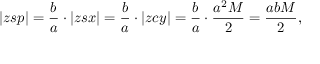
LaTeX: | z s p | = { \frac { b } { a } } \cdot | z s x | = { \frac { b } { a } } \cdot | z c y | = { \frac { b } { a } } \cdot { \frac { a ^ { 2 } M } { 2 } } = { \frac { a b M } { 2 } } ,